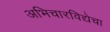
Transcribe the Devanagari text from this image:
अभिचारविद्येचा